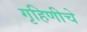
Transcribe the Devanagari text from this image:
गृहिणीचे